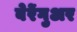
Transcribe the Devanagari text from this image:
बेरेंगुअर